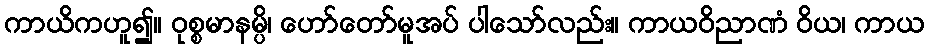
ကာယိကဟူ၍။ ဝုစ္စမာနမ္ပိ၊ ဟော်တော်မူအပ် ပါသော်လည်း။ ကာယဝိညာဏံ ဝိယ၊ ကာယ